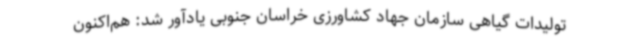
تولیدات گیاهی سازمان جهاد کشاورزی خراسان جنوبی یادآور شد: هم‌اکنون